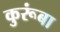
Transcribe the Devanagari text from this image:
कुरूंबा